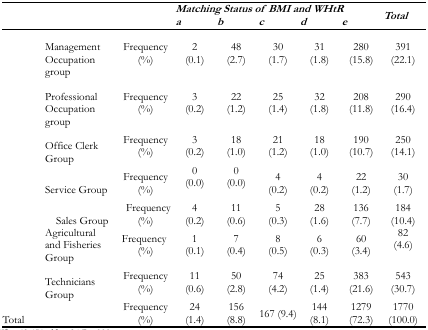
<table><thead><tr><td rowspan="2"></td><td rowspan="2"></td><td colspan="5"><b><i>Matching Status of BMI and WHtR</i></b></td><td rowspan="2"><b><i>Total</i></b></td></tr><tr><td><b><i>a</i></b></td><td><b><i>b</i></b></td><td><b><i>c</i></b></td><td><b><i>d</i></b></td><td><b><i>e</i></b></td></tr></thead><tbody><tr><td>Management Occupation group</td><td>Frequency (%)</td><td>2 (0.1)</td><td>48 (2.7)</td><td>30 (1.7)</td><td>31 (1.8)</td><td>280 (15.8)</td><td>391 (22.1)</td></tr><tr><td>Professional Occupation group</td><td>Frequency (%)</td><td>3 (0.2)</td><td>22 (1.2)</td><td>25 (1.4)</td><td>32 (1.8)</td><td>208 (11.8)</td><td>290 (16.4)</td></tr><tr><td>Office Clerk Group</td><td>Frequency (%)</td><td>3 (0.2)</td><td>18 (1.0)</td><td>21 (1.2)</td><td>18 (1.0)</td><td>190 (10.7)</td><td>250 (14.1)</td></tr><tr><td>Service Group</td><td>Frequency (%)</td><td>0 (0.0)</td><td>0 (0.0)</td><td>4 (0.2)</td><td>4 (0.2)</td><td>22 (1.2)</td><td>30 (1.7)</td></tr><tr><td>Sales Group</td><td>Frequency (%)</td><td>4 (0.2)</td><td>11 (0.6)</td><td>5 (0.3)</td><td>28 (1.6)</td><td>136 (7.7)</td><td>184 (10.4)</td></tr><tr><td>Agricultural and Fisheries Group</td><td>Frequency (%)</td><td>1 (0.1)</td><td>7 (0.4)</td><td>8 (0.5)</td><td>6 (0.3)</td><td>60 (3.4)</td><td>82 (4.6)</td></tr><tr><td>Technicians Group</td><td>Frequency (%)</td><td>11 (0.6)</td><td>50 (2.8)</td><td>74 (4.2)</td><td>25 (1.4)</td><td>383 (21.6)</td><td>543 (30.7)</td></tr><tr><td>Total</td><td>Frequency (%)</td><td>24 (1.4)</td><td>156 (8.8)</td><td>167 (9.4)</td><td>144 (8.1)</td><td>1279 (72.3)</td><td>1770 (100.0)</td></tr></tbody></table>